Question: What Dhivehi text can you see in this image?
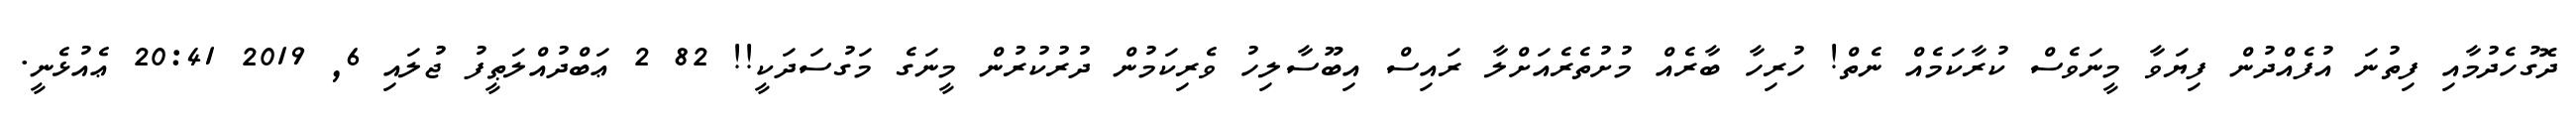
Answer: ދޮގުހެދުމާއި ފިތުނަ އުފެއްދުން ފިޔަވާ މީނަވެސް ކުރާކަމެއް ނެތް! ހުރިހާ ބާރެއް މުށުތެރެއަށްލާ ރައިސް އިބޫސާލިހު ވެރިކަމުން ދުރުކުރުން މީނަގެ މަގުސަދަކީ!! 82 2 ޢަބްދުއްލަޠީފު ޖުލައި 6, 2019 20:41 ޢެއުޅެނީ.